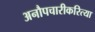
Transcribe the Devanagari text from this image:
अनौपचारीकरित्या